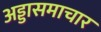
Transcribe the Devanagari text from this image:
अड्डासमाचार